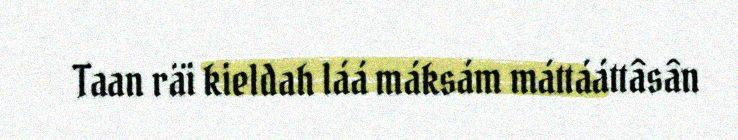
Taan räi kieldah láá máksám máttááttâsân